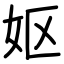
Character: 妪